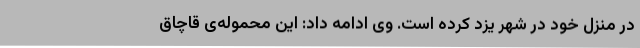
در منزل خود در شهر یزد کرده است. وی ادامه داد: این محموله‌ی قاچاق